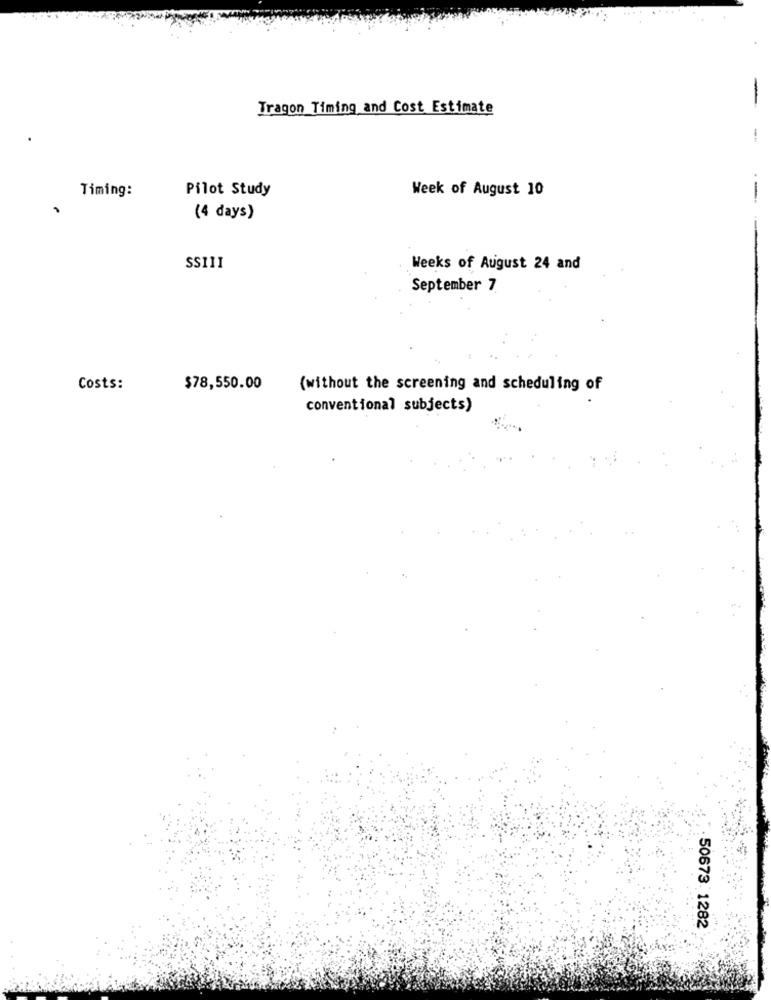
Tragon Timing and Cost Estimate
-
--
Timing:
Pilot Study
Week of August 10
-
(4 days)
SSI11
Weeks of August 24 and
September 7
Costs:
$78,550.00
(without the screening and scheduling of
conventional subjects)
50673. 1282